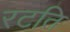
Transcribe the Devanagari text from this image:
रटति